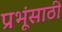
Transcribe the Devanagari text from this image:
प्रभूंसाठी